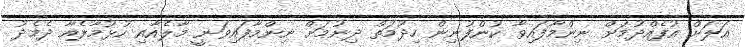
އަލަށް އުފެއްދުމަށް ނިންމާފައިވާ ކުންފުނިން ހިދުމަތް ދިނުމަށް ނިންމާފައިވަނީ މާލެއާއި ހުޅުމާލެއާ ދެމެދު